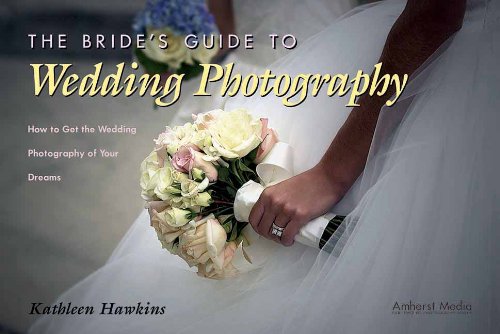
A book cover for The Bride's Guide to Wedding Photography: How to Get the Wedding Photography of Your Dreams; Kathleen Hawkins; Crafts, Hobbies & Home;